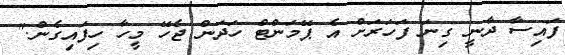
ފައިސާ ދާނީ ގިނަ ފަހަރަށް އެ ޕޭމަންޓް ހަދަން ޖެހޭ މީހާ ހިފައިގެން."